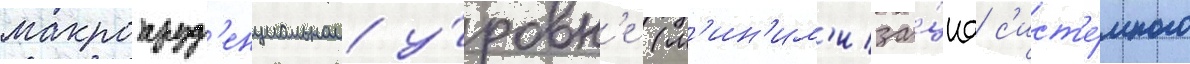
макропруд'енциальном у́ровн'е (м'ин'им'иза́циа с'ист'е́много